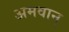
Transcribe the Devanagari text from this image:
अमवान्